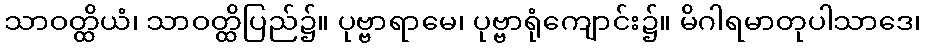
သာဝတ္ထိယံ၊ သာဝတ္ထိပြည်၌။ ပုဗ္ဗာရာမေ၊ ပုဗ္ဗာရုံကျောင်း၌။ မိဂါရမာတုပါသာဒေ၊